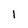
Character: 1